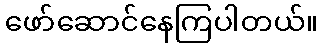
ဖော်ဆောင်နေကြပါတယ်။